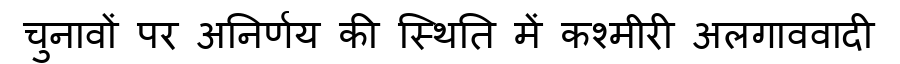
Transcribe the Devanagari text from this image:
चुनावों पर अनिर्णय की स्थिति में कश्मीरी अलगाववादी